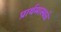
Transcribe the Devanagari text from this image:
प्रार्थमास्थळे